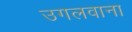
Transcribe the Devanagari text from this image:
उगलवाना